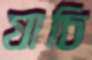
যাচি